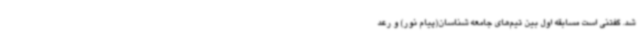
شد. گفتنی است مسابقه اول بین تیم‌های جامعه شناسان(پیام نور) و رعد